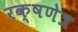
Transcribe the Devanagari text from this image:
रक्षणेत्र